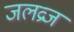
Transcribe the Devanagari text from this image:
जलव्रज